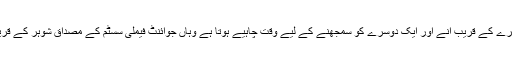
بدقسمتی سے شادی کے ابتدائی دن جب دو مختلف لوگوں کو ایک دوسرے کے قریب آنے اور ایک دوسرے کو سمجھنے کے لیے وقت چاہیے ہوتا ہے وہاں جوائنٹ فیملی سسٹم کے مصداق شوہر کے قریبی رشتے دار اعلیٰ ظرفی کے سارے اسباق فراموش کر بیٹھتے ہیں۔